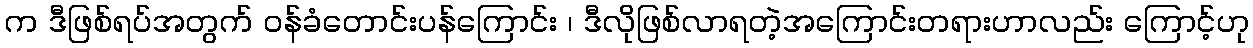
က ဒီဖြစ်ရပ်အတွက် ဝန်ခံတောင်းပန်ကြောင်း ၊ ဒီလိုဖြစ်လာရတဲ့အကြောင်းတရားဟာလည်း ကြောင့်ဟု